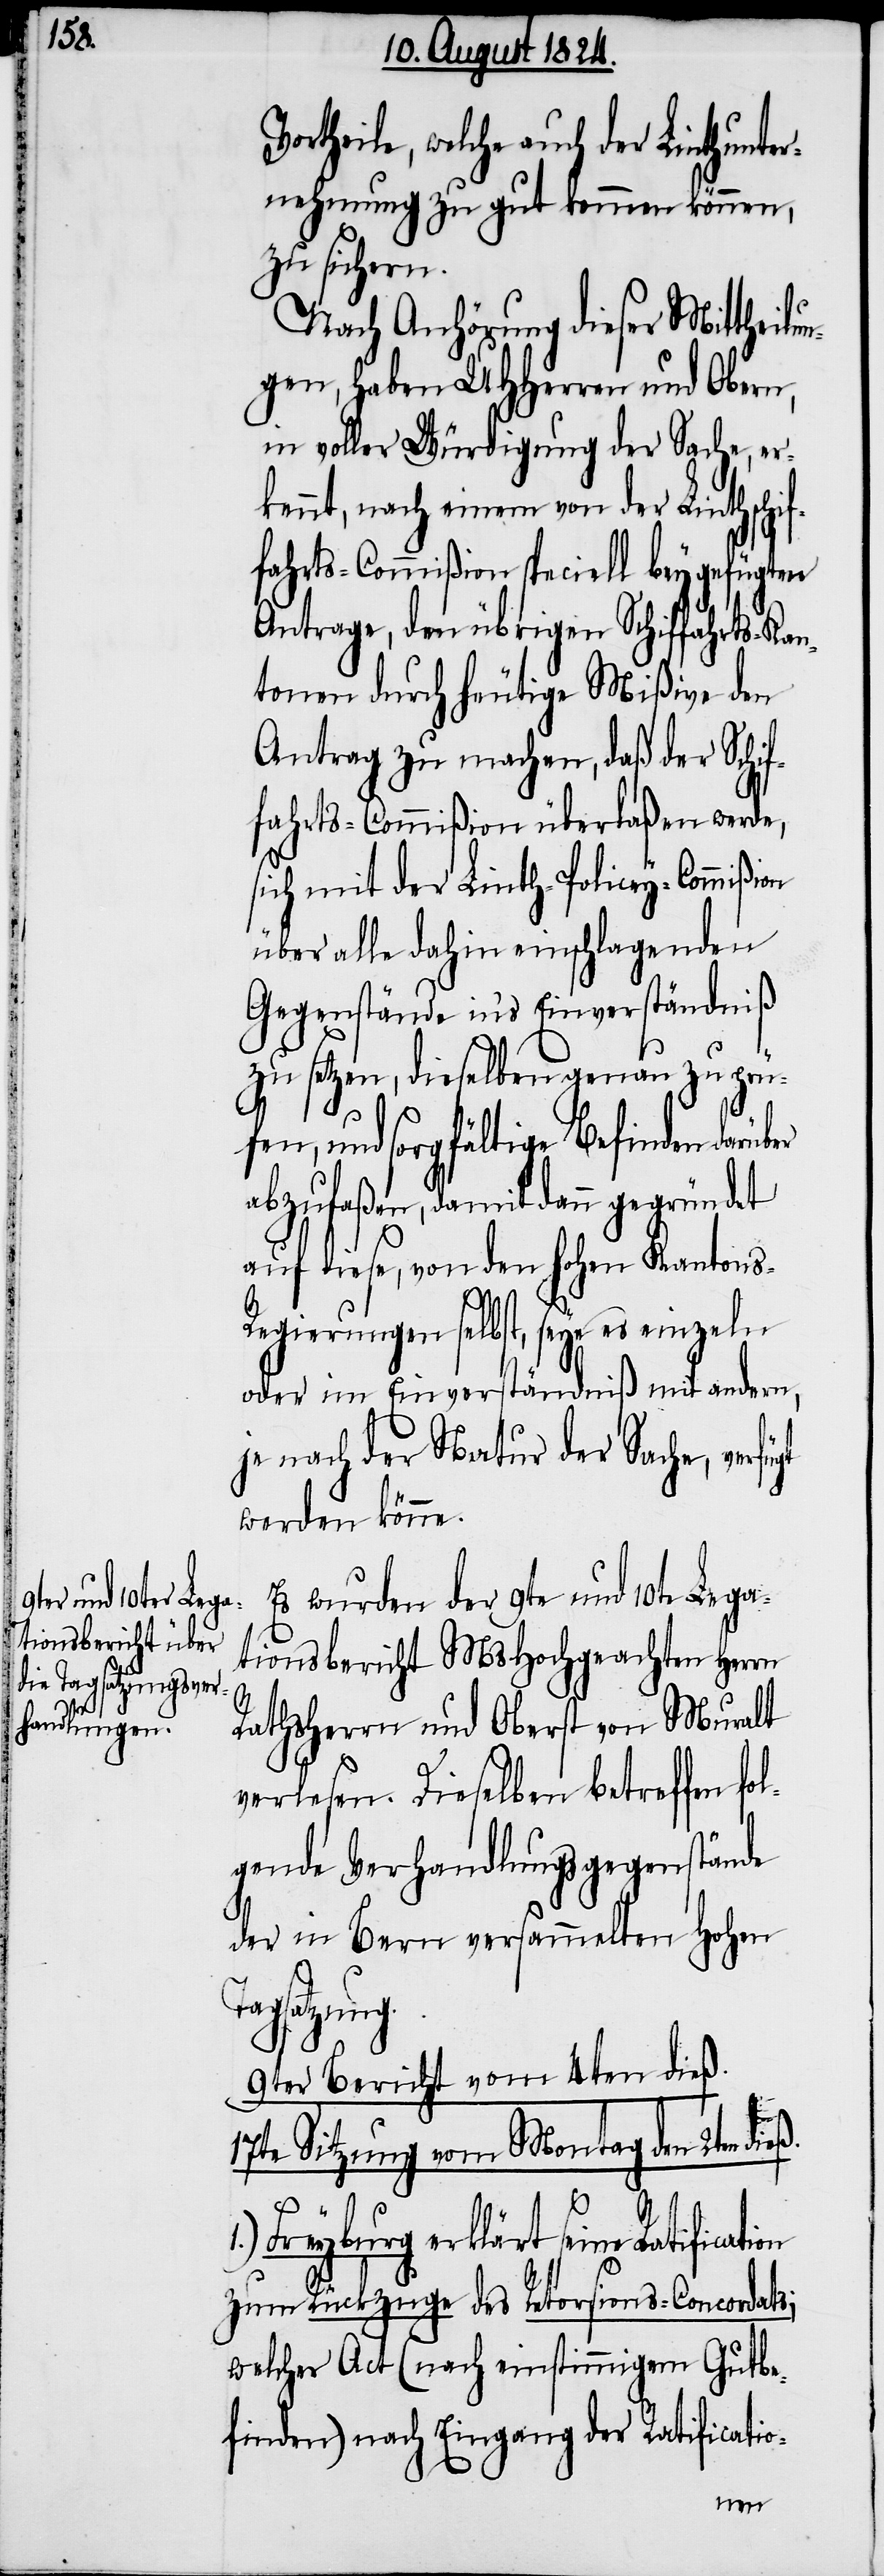
ortheile, welche auch der Linthunte¬
rnehmung zu gut kommen können,
zu sichern.
Nach Anhörung dieser Mittheilu¬
ngen, haben UHHerren und Obern,
in voller Würdigung der Sache, er¬
kennt, nach einem von der Linthschif¬
fahrts-Commißion speciell beygefügten
Antrage, den übrigen Schiffahrts-Ka¬
ntonen durch heutige Mißive den
Antrag zu machen, daß der Schif¬
fahrts-Commißion überlaßen werde,
sich mit der Linth-Policey-Commißion
über alle dahin einschlagenden
Gegenstände in’s Einverständniß
zu setzen, dieselben genau zu prü¬
fen, und sorgfältige Befinden darüb¬
abzufaßen, damit dann gegründet
auf diese, von den hohen Kanton¬
Ta¬
s-Regierungen selbst, seye es einzeln
oder im Einverständniß mit andern,
je nach der Natur der Sache, verfügt
werden könne.
Es wurden der 9te und 10te Lega¬
tionsbericht MsHochgeachten Herrn
Rathsherrn und Oberst von Muralt
verlesen. Dieselben betreffen
gende Verhandlungsgegenstände
der in Bern versammelten Hohen
gsatzung.
9ter Bericht vom 4ten dieß.
17te Sitzung vom Montag den 2ten dieß.
1.)
Freyburg erklärt seine
zum Rückzuge des Retorsions-Concordats;
welcher Act (nach einstimmigem Gutbe¬
finden) nach Eingang der Ratificatio-